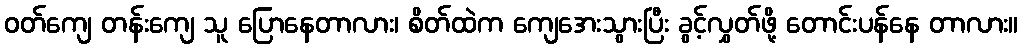
ဝတ်ကျေ တန်းကျေ သူ ပြောနေတာလား၊ စိတ်ထဲက ကျေအေးသွားပြီး ခွင့်လွှတ်ဖို့ တောင်းပန်နေ တာလား။